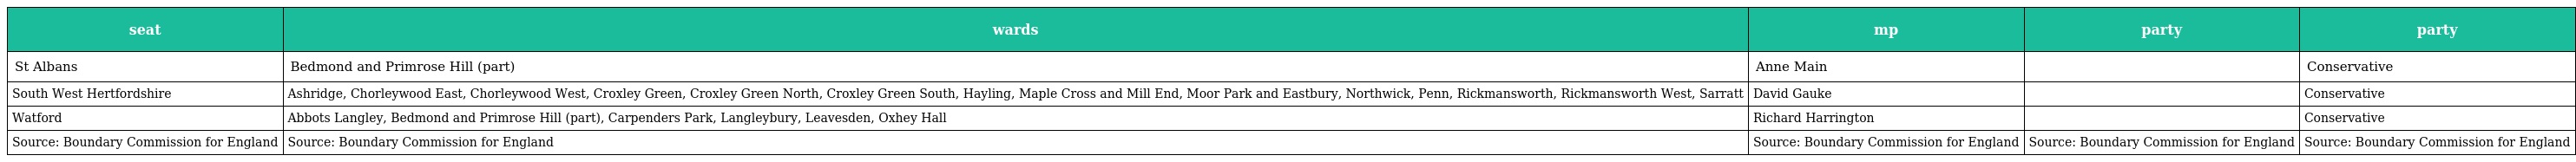
| seat | wards | mp | party | party |
 | --- | --- | --- | --- | --- |
 | St Albans | Bedmond and Primrose Hill (part) | Anne Main |  | Conservative |
 | South West Hertfordshire | Ashridge, Chorleywood East, Chorleywood West, Croxley Green, Croxley Green North, Croxley Green South, Hayling, Maple Cross and Mill End, Moor Park and Eastbury, Northwick, Penn, Rickmansworth, Rickmansworth West, Sarratt | David Gauke |  | Conservative |
 | Watford | Abbots Langley, Bedmond and Primrose Hill (part), Carpenders Park, Langleybury, Leavesden, Oxhey Hall | Richard Harrington |  | Conservative |
 | Source: Boundary Commission for England | Source: Boundary Commission for England | Source: Boundary Commission for England | Source: Boundary Commission for England | Source: Boundary Commission for England |